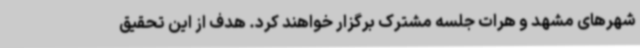
شهرهای مشهد و هرات جلسه مشترک برگزار خواهند کرد. هدف از این تحقیق